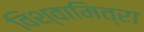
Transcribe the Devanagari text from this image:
विश्वामित्रा